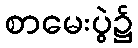
စာမေးပွဲ၌